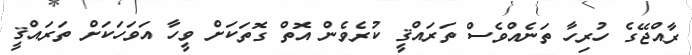
ރާއްޖޭގެ ހުރިހާ ތަނެއްވެސް ތަރައްޤީ ކުރެވެން އޮތް ގޮތަކަށް ވީހާ އަވަހަކަށް ތަރައްޤީ